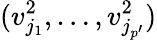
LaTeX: (v_{j_{1}}^{2},\ldots,v_{j_{p^{\prime}}}^{2})